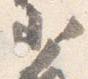
少